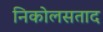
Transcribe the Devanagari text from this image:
निकोलसताद